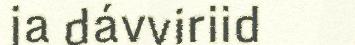
ja dávviriid